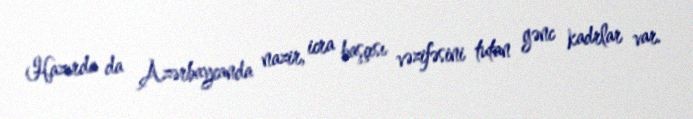
Hazırda da Azərbaycanda nazir, icra başçısı vəzifəsini tutan gənc kadrlar var.